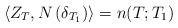
LaTeX: \begin{align*}\langle Z_T , N \, (\delta_{T_1}) \rangle = n( T; T_1) \end{align*}